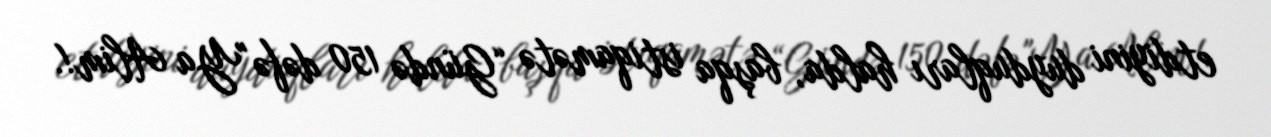
etdiyini duyduqları halda, başqa istiqamətə “Gündə 150 dəfə "Ya Alim!.